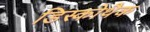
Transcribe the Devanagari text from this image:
डिस्कोथैक